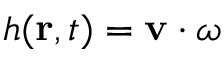
h ( { \bf r } , t ) = { \bf v } \cdot { \boldsymbol \omega }